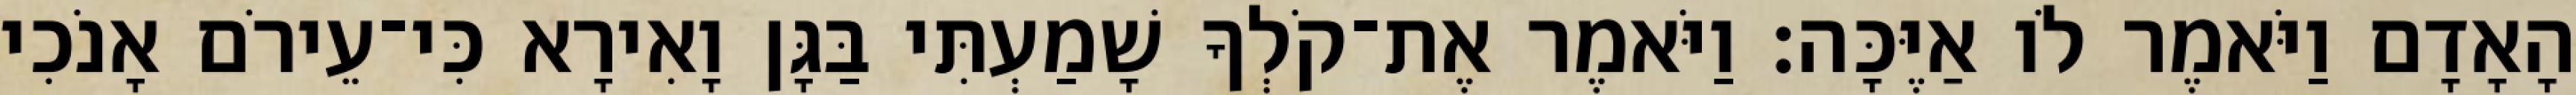
הָאָדָם וַיֹּאמֶר לֹו אַיֶּכָּה׃ וַיֹּאמֶר אֶת־קֹלְךָ שָׁמַעְתִּי בַּגָּן וָאִירָא כִּי־עֵירֹם אָנֹכִי